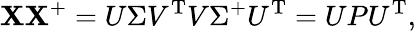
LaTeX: \mathbf{X}\mathbf{X}^{+}=U\Sigma V^{\mathrm{{T}}}V\Sigma^{+}U^{\mathrm{{T}}}=UPU^{\mathrm{{T}}},